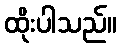
ထိုးပါသည်။